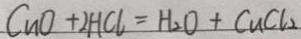
C u O + 2 H C l = H _ { 2 } O + C u C l _ { 2 }